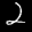
Label: 2